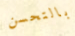
بالتحسن